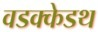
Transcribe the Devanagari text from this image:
वडक्केडथ